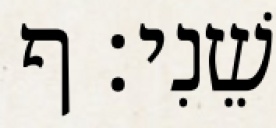
שֵׁנִי׃ ף